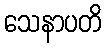
သေနာပတိ